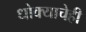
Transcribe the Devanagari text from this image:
धोक्याचेही